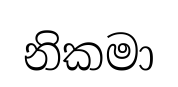
නිකමා